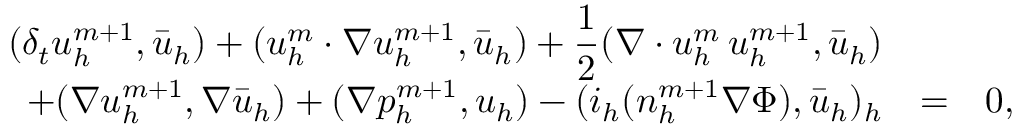
\begin{array} { r c l } { \displaystyle ( \delta _ { t } { \boldsymbol u } _ { h } ^ { m + 1 } , \bar { \boldsymbol u } _ { h } ) + ( { \boldsymbol u } _ { h } ^ { m } \cdot \nabla { \boldsymbol u } _ { h } ^ { m + 1 } , \bar { \boldsymbol u } _ { h } ) + \frac { 1 } { 2 } ( \nabla \cdot { \boldsymbol u } _ { h } ^ { m } \, { \boldsymbol u } _ { h } ^ { m + 1 } , \bar { \boldsymbol u } _ { h } ) } & & \\ { + ( \nabla { \boldsymbol u } _ { h } ^ { m + 1 } , \nabla \bar { \boldsymbol u } _ { h } ) + ( \nabla p _ { h } ^ { m + 1 } , { \boldsymbol u } _ { h } ) - ( i _ { h } ( n _ { h } ^ { m + 1 } \nabla \Phi ) , \bar { \boldsymbol u } _ { h } ) _ { h } } & { = } & { 0 , } \end{array}